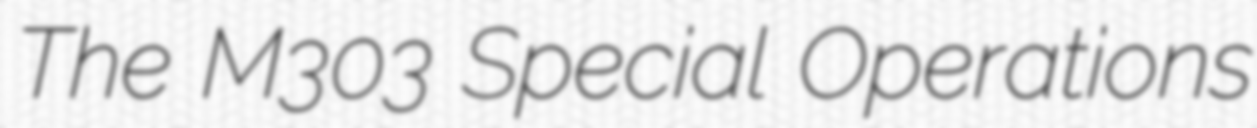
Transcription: The M303 Special Operations